Vabadussoja_Ajaloo_Komitee, lk 89
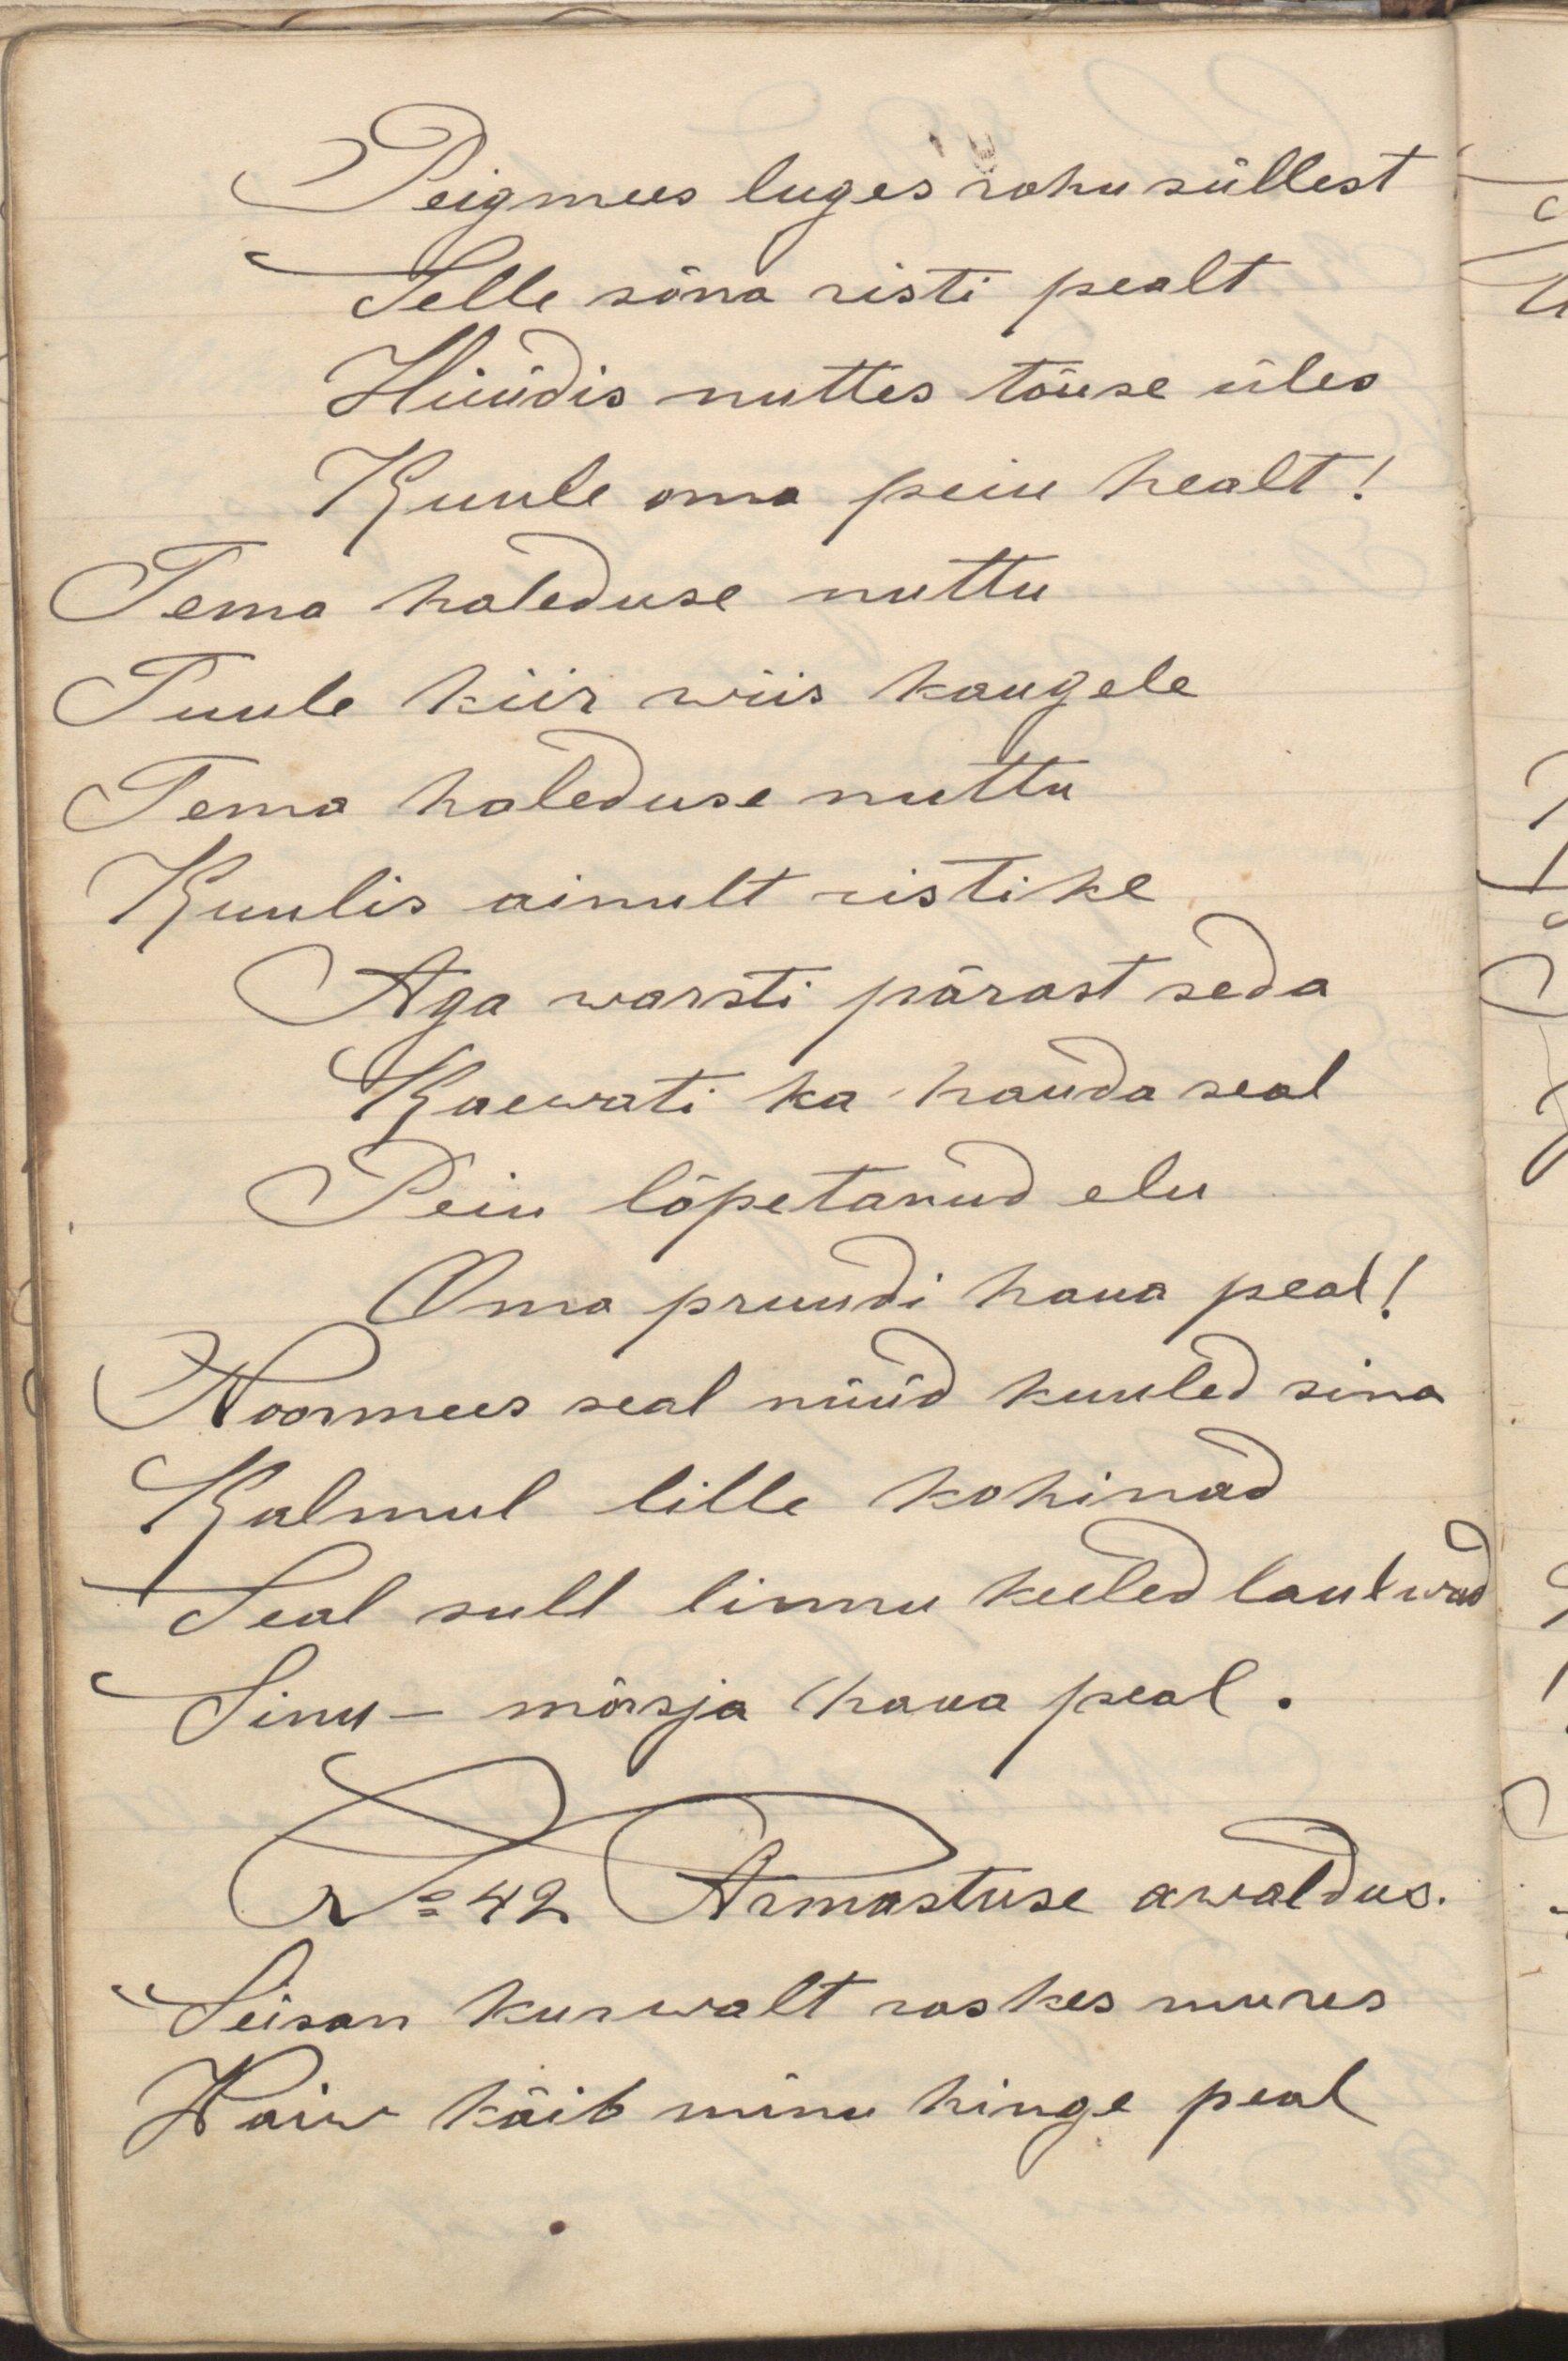
Peigmees luges rahu süllest
Selle sõna risti pealt
Hüüdis nuttes tõuse üles
Kuule oma peiu healt!
Tema haleduse nuttu
Tuule kiir wiis kaugele
Tema haleduse nuttu
Kuulis ainult ristike
Aga warsti pärast seda
Kaewati ka hauda seal
Peiu lõpetanud elu
Oma pruudi haua peal!
Noormees seal nüüd kuuled sina
Kalmul lille kohinad
Seal sull linnukesed laulavad
Sinu mõrsja haua peal.
N:42 Armastuse awaldus.
Seisan kurwalt raskes suures
Waiw käib minu hinge peal